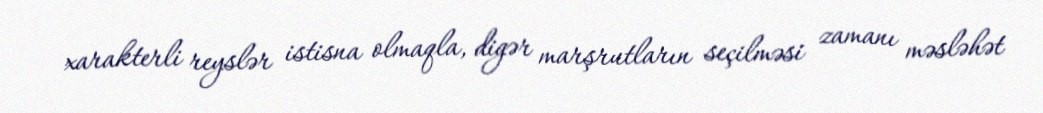
xarakterli reyslər istisna olmaqla, digər marşrutların seçilməsi zamanı məsləhət